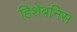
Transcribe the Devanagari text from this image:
हिशेबनिस